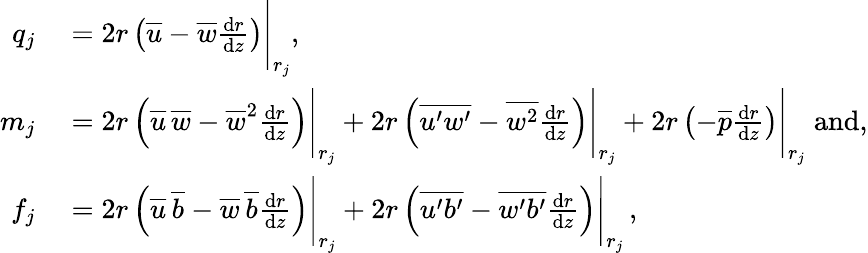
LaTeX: \begin{array}{rl}{q_{j}}&{{}=2r\left(\overline{{u}}-\overline{{w}}\frac{\textnormal{d}r}{\textnormal{d}z}\right)\Bigg|_{r_{j}},}\\ {m_{j}}&{{}=2r\left(\overline{{u}}\, \overline{{w}}-{\overline{{w}}}^{2}\frac{\textnormal{d}r}{\textnormal{d}z}\right)\Bigg|_{r_{j}}+2r\left(\overline{{u^{\prime}w^{\prime}}}-\overline{{w^{2}}}\frac{\textnormal{d}r}{\textnormal{d}z}\right)\Bigg|_{r_{j}}+2r\left(-\overline{{p}}\frac{\textnormal{d}r}{\textnormal{d}z}\right)\Bigg|_{r_{j}}\; \textrm{and},}\\ {f_{j}}&{{}=2r\left(\overline{{u}}\, \overline{{b}}-{\overline{{w}}\, \overline{{b}}}\frac{\textnormal{d}r}{\textnormal{d}z}\right)\Bigg|_{r_{j}}+2r\left(\overline{{u^{\prime}b^{\prime}}}-\overline{{w^{\prime}b^{\prime}}}\frac{\textnormal{d}r}{\textnormal{d}z}\right)\Bigg|_{r_{j}}\, ,}\end{array}